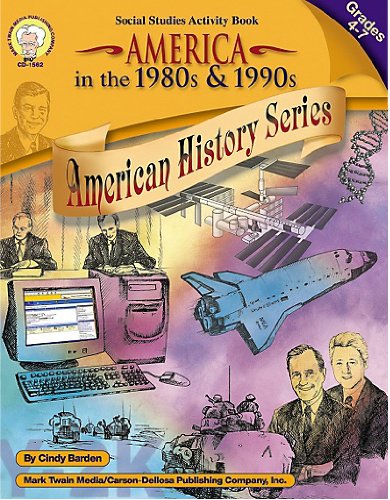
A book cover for America in the 1980s & 1990s, Grades 4 - 7 (American History Series); Cindy Barden; Children's Books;